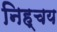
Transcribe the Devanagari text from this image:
निह्चय